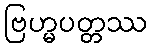
ဗြဟ္မပတ္တဿ